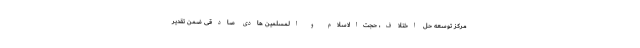
مرکز توسعه حل اختلاف، حجت‌الاسلام و المسلمین هادی صادقی ضمن تقدیر